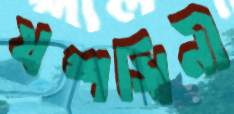
যশস্বিনী